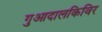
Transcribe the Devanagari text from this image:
गुआदालकिविर